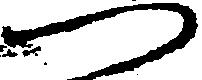
つ